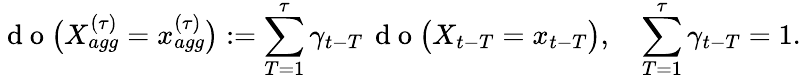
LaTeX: \mathrm{~d~o~}\big(X_{agg}^{(\tau)}=x_{agg}^{(\tau)}\big):=\sum_{T=1}^{\tau}\gamma_{t-T}\, \mathrm{~d~o~}\big(X_{t-T}=x_{t-T}\big),\quad\sum_{T=1}^{\tau}\gamma_{t-T}=1.